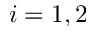
i = 1 , 2